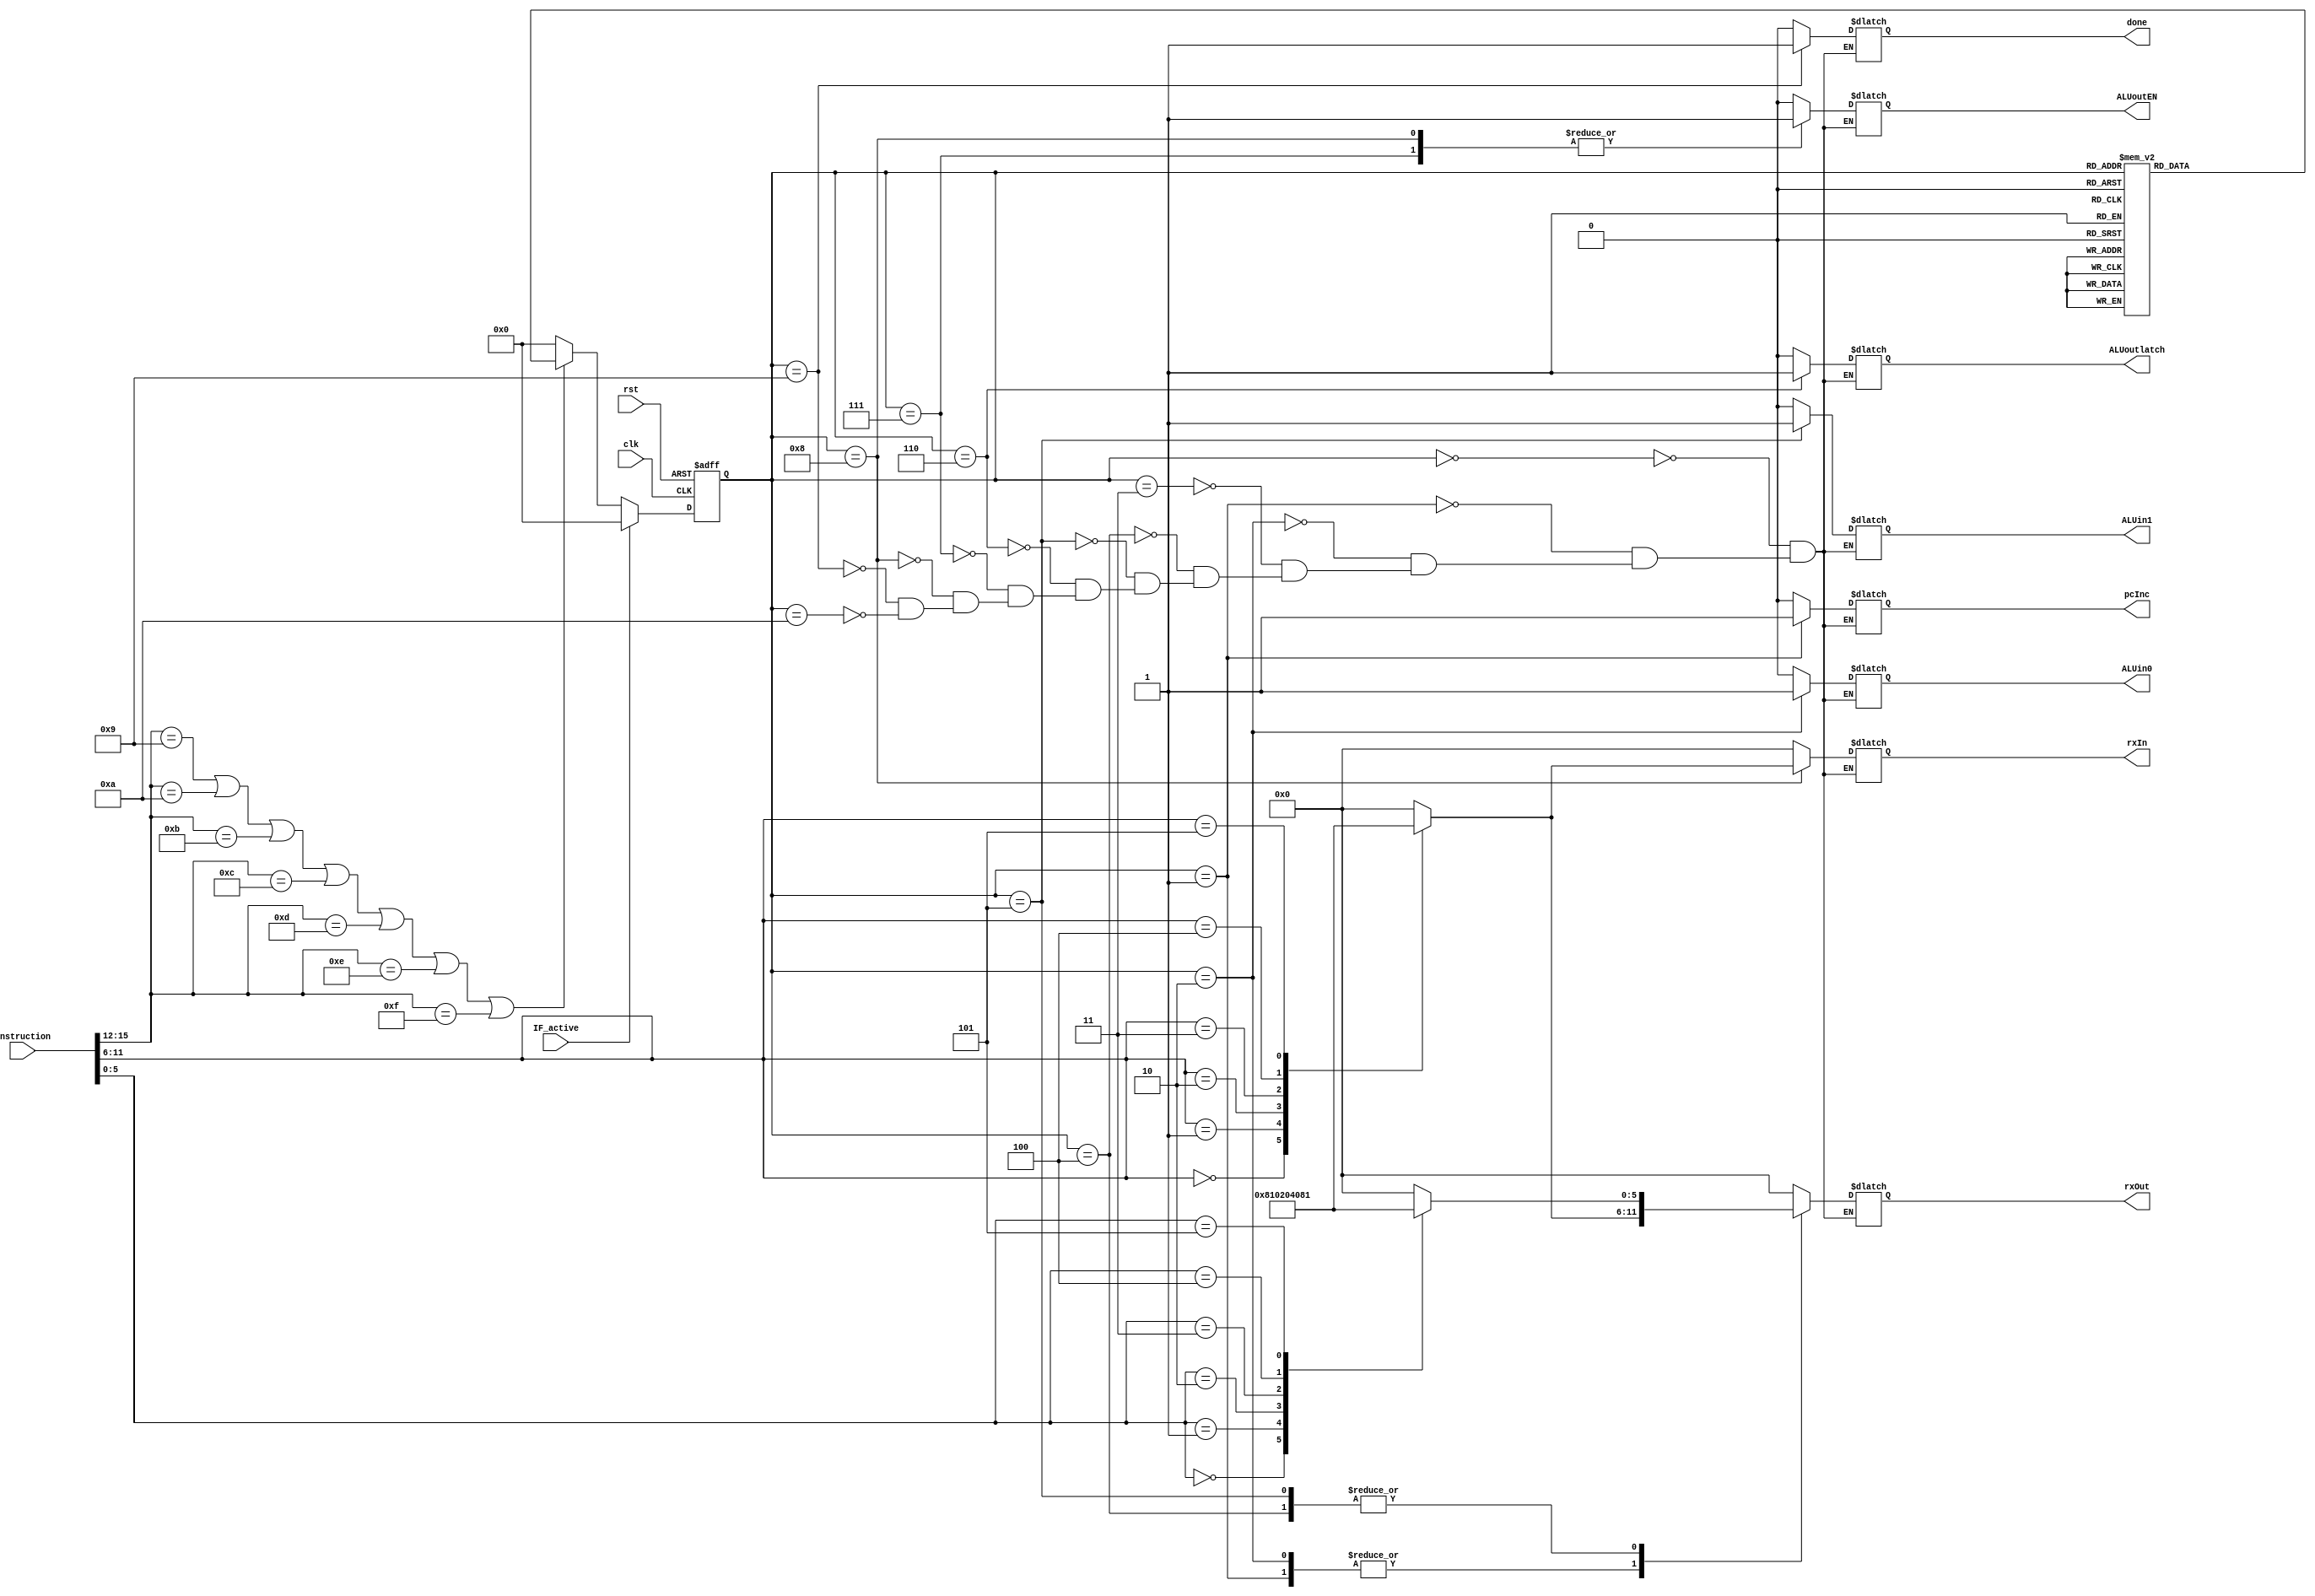
// ALU Finite State Machine

`timescale 1ns/10ps

module ALUFSM(clk, rst, instruction, done, rxOut, ALUin0, ALUin1, ALUoutlatch, ALUoutEN, rxIn, pcInc, IF_active);
input clk, rst, IF_active;
input[15:0] instruction; // 16-bit data
wire[3:0] opcode = instruction[15:12];
wire[5:0] param1 = instruction[11:6];
wire[5:0] param2 = instruction[5:0];

output reg done, ALUin0, ALUin1, ALUoutlatch, ALUoutEN, pcInc; // Output signals
output reg[5:0] rxOut, rxIn; // Gen reg output signals

// States
reg[3:0] pres_state, next_state;
parameter st0 = 4'b0000, st1 = 4'b0001, st2 = 4'b0010, st3 = 4'b0011, st4 = 4'b0100, st5 = 4'b0101, st6 = 4'b0110, st7 = 4'b0111;
parameter st8 = 4'b1000, st9 = 4'b1001, st10 = 4'b1010;

// State register
always @(posedge clk or posedge rst) begin
    if(rst)
        pres_state <= st0;
    else if(IF_active)
        pres_state <= st0;
    else if(opcode == 4'b1001 || opcode == 4'b1010 || opcode == 4'b1011 || opcode == 4'b1100 || opcode == 4'b1101 || opcode == 4'b1110 || opcode == 4'b1111)
        pres_state <= next_state;
    else
        pres_state <= st0;
end

// Next state logic
always @(pres_state) begin
    case(pres_state)
        st0: next_state <= st1;
        st1: next_state <= st2;
        st2: next_state <= st3;
        st3: next_state <= st4;
        st4: next_state <= st5;
        st5: next_state <= st6;
        st6: next_state <= st7;
        st7: next_state <= st8;
        st8: next_state <= st9;
        st9: next_state <= st10;
        st10: next_state <= st10;
        default: next_state <= st0;
    endcase
end

// Output definition
always @(pres_state) begin
    case(pres_state)
        st0: begin
            done <= 0;rxOut <= 6'b000000;ALUin0 <= 0;ALUin1 <= 0;ALUoutlatch <= 0;ALUoutEN <= 0;rxIn <= 6'b000000;pcInc <= 0;
        end
        st1: begin
            done <= 0;ALUin0 <= 0;ALUin1 <= 0;ALUoutlatch <= 0;ALUoutEN <= 0;rxIn <= 6'b000000;pcInc <= 1;
            case(param1) // Figure out which gen reg EN to assert
                6'b000000: rxOut <= 6'b100000;
                6'b000001: rxOut <= 6'b010000;
                6'b000010: rxOut <= 6'b001000;
                6'b000011: rxOut <= 6'b000100;
                6'b000100: rxOut <= 6'b000010;
                6'b000101: rxOut <= 6'b000001;
                default: rxOut <= 6'b000000;
            endcase
        end
        st2: begin
            done <= 0;ALUin0 <= 1;ALUin1 <= 0;ALUoutlatch <= 0;ALUoutEN <= 0;rxIn <= 6'b000000;pcInc <= 0;
            case(param1) // Figure out which gen reg EN to assert
                6'b000000: rxOut <= 6'b100000;
                6'b000001: rxOut <= 6'b010000;
                6'b000010: rxOut <= 6'b001000;
                6'b000011: rxOut <= 6'b000100;
                6'b000100: rxOut <= 6'b000010;
                6'b000101: rxOut <= 6'b000001;
                default: rxOut <= 6'b000000;
            endcase
        end
        st3: begin
            done <= 0;rxOut <= 6'b000000;ALUin0 <= 0;ALUin1 <= 0;ALUoutlatch <= 0;ALUoutEN <= 0;rxIn <= 6'b000000;pcInc <= 0;
        end
        st4: begin
            done <= 0;ALUin0 <= 0;ALUin1 <= 0;ALUoutlatch <= 0;ALUoutEN <= 0;rxIn <= 6'b000000;pcInc <= 0;
            case(param2) // Figure out which gen reg EN to assert
                6'b000000: rxOut <= 6'b100000;
                6'b000001: rxOut <= 6'b010000;
                6'b000010: rxOut <= 6'b001000;
                6'b000011: rxOut <= 6'b000100;
                6'b000100: rxOut <= 6'b000010;
                6'b000101: rxOut <= 6'b000001;
                default: rxOut <= 6'b000000;
            endcase
        end
        st5: begin
            done <= 0;ALUin0 <= 0;ALUin1 <= 1;ALUoutlatch <= 0;ALUoutEN <= 0;rxIn <= 6'b000000;pcInc <= 0;
            case(param2) // Figure out which gen reg EN to assert
                6'b000000: rxOut <= 6'b100000;
                6'b000001: rxOut <= 6'b010000;
                6'b000010: rxOut <= 6'b001000;
                6'b000011: rxOut <= 6'b000100;
                6'b000100: rxOut <= 6'b000010;
                6'b000101: rxOut <= 6'b000001;
                default: rxOut <= 6'b000000;
            endcase
        end
        st6: begin
            done <= 0;rxOut <= 6'b000000;ALUin0 <= 0;ALUin1 <= 0;ALUoutlatch <= 1;ALUoutEN <= 0;rxIn <= 6'b000000;pcInc <= 0;
        end
        st7: begin
            done <= 0;rxOut <= 6'b000000;ALUin0 <= 0;ALUin1 <= 0;ALUoutlatch <= 0;ALUoutEN <= 1;rxIn <= 6'b000000;pcInc <= 0;
        end
        st8: begin
            done <= 0;rxOut <= 6'b000000;ALUin0 <= 0;ALUin1 <= 0;ALUoutlatch <= 0;ALUoutEN <= 1;pcInc <= 0;
            case(param1) // Figure out which gen reg EN to assert
                6'b000000: rxIn <= 6'b100000;
                6'b000001: rxIn <= 6'b010000;
                6'b000010: rxIn <= 6'b001000;
                6'b000011: rxIn <= 6'b000100;
                6'b000100: rxIn <= 6'b000010;
                6'b000101: rxIn <= 6'b000001;
                default: rxIn <= 6'b000000;
            endcase
        end
        st9: begin
            done <= 1;rxOut <= 6'b000000;ALUin0 <= 0;ALUin1 <= 0;ALUoutlatch <= 0;ALUoutEN <= 0;rxIn <= 6'b000000;pcInc <= 0;
        end
        st10: begin
            done <= 0;rxOut <= 6'b000000;ALUin0 <= 0;ALUin1 <= 0;ALUoutlatch <= 0;ALUoutEN <= 0;rxIn <= 6'b000000;pcInc <= 0;
        end
    endcase
end

endmodule